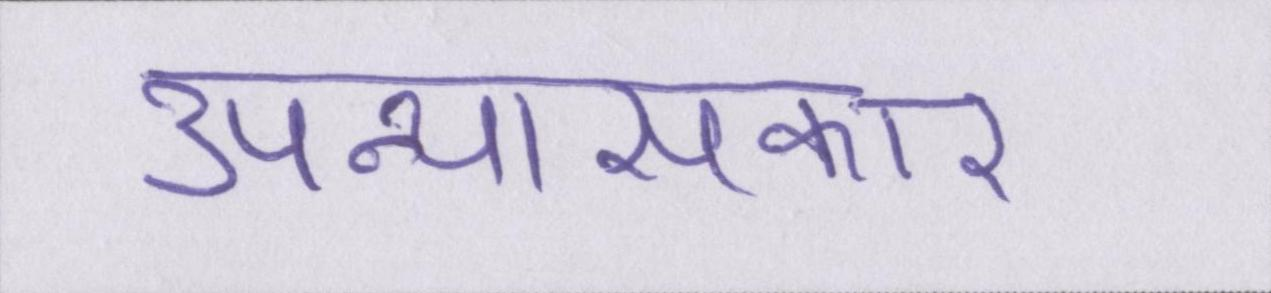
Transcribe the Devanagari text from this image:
उपन्यासकार